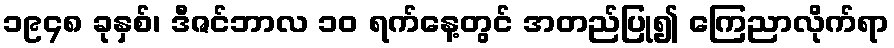
၁၉၄၈ ခုနှစ်၊ ဒီဇင်ဘာလ ၁၀ ရက်နေ့တွင် အတည်ပြု၍ ကြေညာလိုက်ရာ